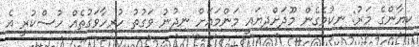
ކިޔާންގެ މަރު: ނިކުމެގެން މޫދަށްދިޔައީ މަންމައަށް ނިދުނު ވަގުތު ހުރިހާވަގުތެއް ހުސްކުރީ އެ